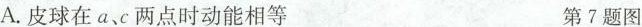
A.皮球在a、c两点时动能相等 第7题图